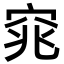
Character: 窕